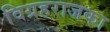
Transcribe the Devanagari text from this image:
विग्रहराजका